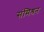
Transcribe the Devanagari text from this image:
संमिश्रन